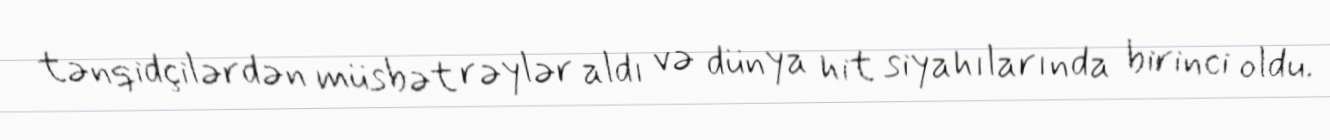
tənqidçilərdən müsbət rəylər aldı və dünya hit siyahılarında birinci oldu.